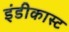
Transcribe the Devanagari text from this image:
इंडीकास्ट